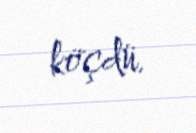
köçdü.